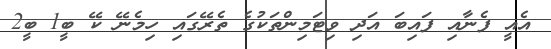
އެއީ ފެނާއި ފައިބަ އަދި ވިޓަމިންތަކުގެ ތެރޭގައި ހިމެނޭ ކޭ ބީ1 ބީ2